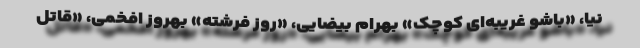
نیا، «باشو غریبه‌ای کوچک» بهرام بیضایی، «روز فرشته» بهروز افخمی، «قاتل